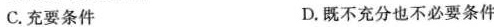
C. 充要条件 D. 既不充分也不必要条件